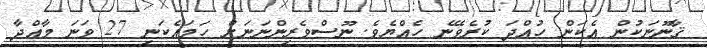
ޤާނޫނަކުން އެކަން ހުއްދަ ކުރެވޭނެ ހެއްޔެވެ. ނޫސްވެރިންނަނަށް ހަމައެކަނި 27 ވަނަ މާއްދާ